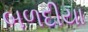
બળદીયા